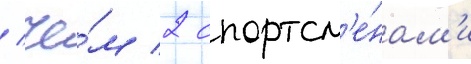
/ че́м 2 спортсм'е́нам'и